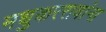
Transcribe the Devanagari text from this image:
मधुकररावांना